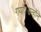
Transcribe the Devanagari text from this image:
गया।उन्होंने